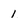
Character: 1